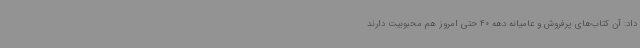
داد: آن کتاب‌های پرفروش و عامیانه دهه 40 حتی امروز هم محبوبیت دارند